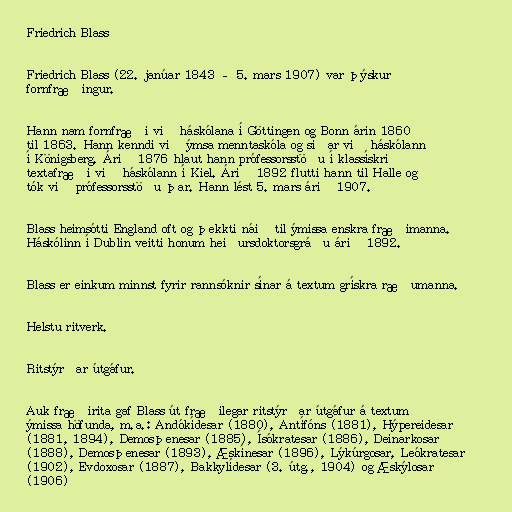
Friedrich Blass

Friedrich Blass (22. janúar 1843 – 5. mars 1907) var þýskur
fornfræðingur.

Hann nam fornfræði við háskólana í Göttingen og Bonn árin 1860
til 1863. Hann kenndi við ýmsa menntaskóla og síðar við háskólann
í Königsberg. Árið 1876 hlaut hann prófessorsstöðu í klassískri
textafræði við háskólann í Kiel. Árið 1892 flutti hann til Halle og
tók við prófessorsstöðu þar. Hann lést 5. mars árið 1907.

Blass heimsótti England oft og þekkti náið til ýmissa enskra fræðimanna.
Háskólinn í Dublin veitti honum heiðursdoktorsgráðu árið 1892.

Blass er einkum minnst fyrir rannsóknir sínar á textum grískra ræðumanna.

Helstu ritverk.

Ritstýrðar útgáfur.

Auk fræðirita gaf Blass út fræðilegar ritstýrðar útgáfur á textum
ýmissa höfunda, m.a.: Andókídesar (1880), Antífóns (1881), Hýpereidesar
(1881, 1894), Demosþenesar (1885), Ísókratesar (1886), Deinarkosar
(1888), Demosþenesar (1893), Æskínesar (1896), Lýkúrgosar, Leókratesar
(1902), Evdoxosar (1887), Bakkylídesar (3. útg., 1904) og Æskýlosar
(1906)